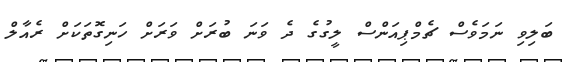
ބަލިވި ނަމަވެސް ޗެމްޕިއަންސް ލީގުގެ ދެ ވަނަ ބުރަށް ވަރަށް ހަނިގޮތަކަށް ރެއާލް